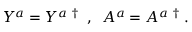
Y ^ { a } = Y ^ { a ~ \dagger } \; \; , \; \; A ^ { a } = A ^ { a ~ \dagger } \; .